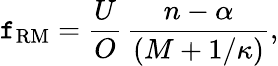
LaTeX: \mathtt{f}_{\mathrm{{RM}}}=\frac{{U}}{{O}}\, \frac{{n-\alpha}}{{(M+1/\kappa)}},